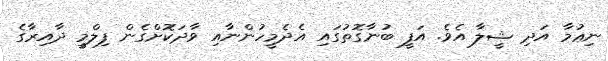
ނިޢުމާ އަދި ޝީލާ އެވެ. އަފީ ބުނާގޮތުގައި އެދެމީހުންނާއި ވާދަކޮށްގެން ފިލްމީ ދާއިރާގެ